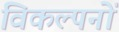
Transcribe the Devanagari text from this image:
विकल्पनों